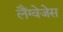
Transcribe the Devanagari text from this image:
लैंग्वेजेस